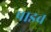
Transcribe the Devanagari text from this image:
पाडव